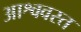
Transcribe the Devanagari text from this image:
आश्ववस्त